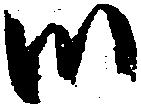
御